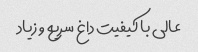
عالی با کیفیت داغ سریع و زیاد